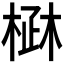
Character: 𣓜